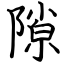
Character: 隙